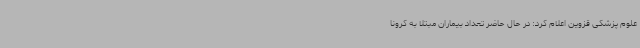
علوم پزشکی قزوین اعلام کرد: در حال حاضر تعداد بیماران مبتلا به کرونا